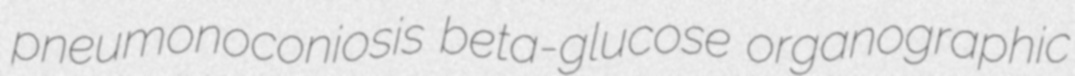
pneumonoconiosis beta-glucose organographic